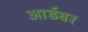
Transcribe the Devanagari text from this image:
आर्डबर